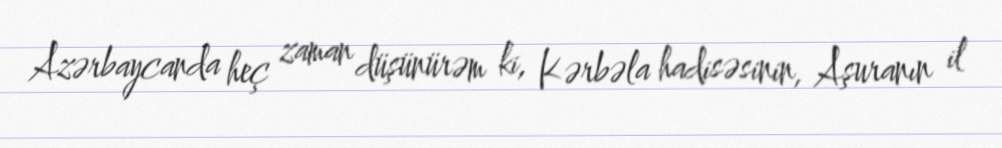
Azərbaycanda heç zaman düşünürəm ki, Kərbəla hadisəsinin, Aşuranın il